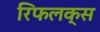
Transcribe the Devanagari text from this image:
रिफलक्स